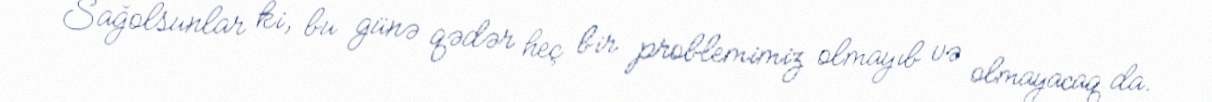
Sağolsunlar ki, bu günə qədər heç bir problemimiz olmayıb və olmayacaq da.